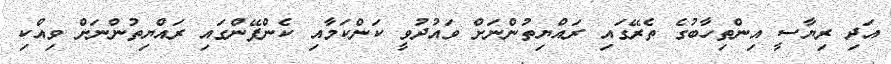
އަދި ރިޔާސީ އިންތިހާބުގެ ތެރޭގައި ރައްޔިތުންނަށް ވައުދުވީ ކަންކަމާއި ކެންޕޭންގައި ރައްޔިތުންނަށް ވިއްކި